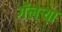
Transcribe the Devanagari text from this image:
गॅलर्‍या